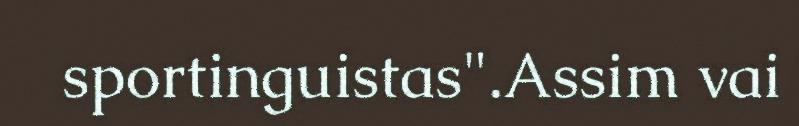
sportinguistas".Assim vai